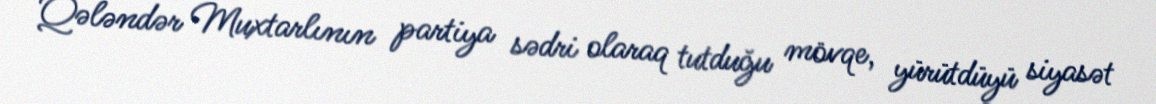
Qələndər Muxtarlının partiya sədri olaraq tutduğu mövqe, yürütdüyü siyasət